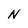
Character: N